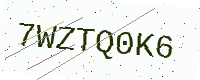
Text: 7WZTQ0K6